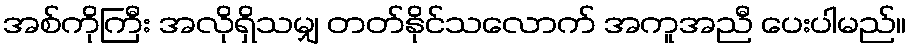
အစ်ကိုကြီး အလိုရှိသမျှ တတ်နိုင်သလောက် အကူအညီ ပေးပါမည်။